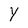
Character: Y